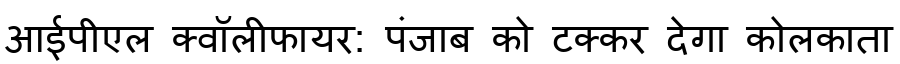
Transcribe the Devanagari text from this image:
आईपीएल क्वॉलीफायर: पंजाब को टक्कर देगा कोलकाता